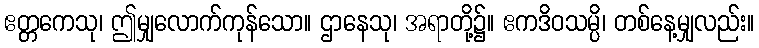
ဧတ္တကေသု၊ ဤမျှလောက်ကုန်သော။ ဌာနေသု၊ အရာတို့၌။ ဧကဒိဝသမ္ပိ၊ တစ်နေ့မျှလည်း။